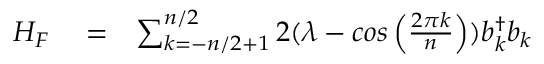
\begin{array} { r l r } { H _ { F } } & { { } = } & { \sum _ { k = - n / 2 + 1 } ^ { n / 2 } 2 ( \lambda - c o s \left( \frac { 2 \pi k } { n } \right) ) b _ { k } ^ { \dagger } b _ { k } } \end{array}